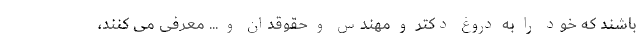
باشند که خود را به دروغ دکتر و مهندس و حقوقدان و ... معرفی می کنند،